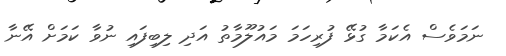
ނަމަވެސް އެކަމާ ގުޅޭ ފުރިހަމަ މައުލޫމާތު އަދި ލިބިފައި ނުވާ ކަމަށް އޭނާ